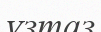
ұзтаз